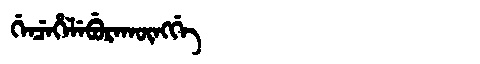
Manchu: ᡤᡝᠨᠴᡝᡥᡝᠯᡝᠪᡠᡵᠠᡴᡡᠩᡤᡝ
Romanization: GENCEHELEBURAKŪNGGE